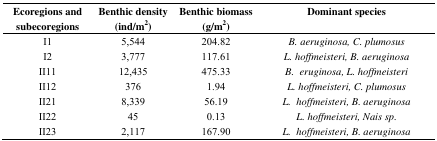
| Ecoregions and subecoregions | Benthic density (ind/m2) | Benthic biomass (g/m2) | Dominant species |
 | --- | --- | --- | --- |
 | I1 | 5,544 | 204.82 | B. aeruginosa, C. plumosus |
 | I2 | 3,777 | 117.61 | L. hoffmeisteri, B. aeruginosa |
 | II11 | 12,435 | 475.33 | B. eruginosa, L. hoffmeisteri |
 | II12 | 376 | 1.94 | L. hoffmeisteri, C. plumosus |
 | II21 | 8,339 | 56.19 | L. hoffmeisteri, B. aeruginosa |
 | II22 | 45 | 0.13 | L. hoffmeisteri, Nais sp. |
 | II23 | 2,117 | 167.90 | L. hoffmeisteri, B. aeruginosa |